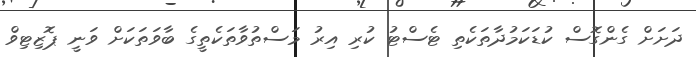
ދަށަށް ގެންގޮސް ކުޑަކަމުދާތަކެތި ޓެސްޓު ކުރި އިރު މަސްތުވާތަކެތީގެ ބާވަތަކަށް ވަނީ ޕޮޒިޓިވް